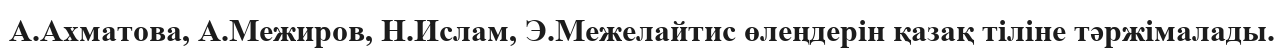
А.Ахматова, А.Межиров, Н.Ислам, Э.Межелайтис өлеңдерін қазақ тіліне тәржімалады.